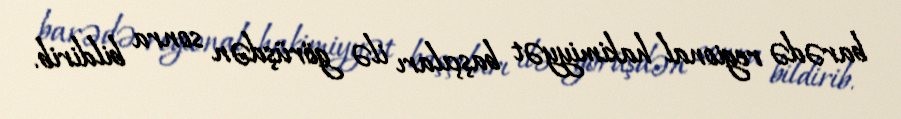
barədə regional hakimiyyət başçıları ilə görüşdən sonra bildirib.